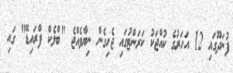
ފުނަދޫގައި 12 އަހަރުގެ ކުއްޖަކު ކަރަންޓުގައި ޖެހިގެން ނިޔާވެއްޖެ "ބްލެކް ފްރައިޑޭ" ގައި